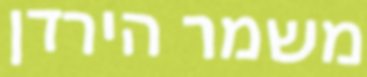
משמר הירדן